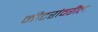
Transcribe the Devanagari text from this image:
मीटरांवरील